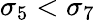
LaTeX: \sigma_{5}<\sigma_{7}